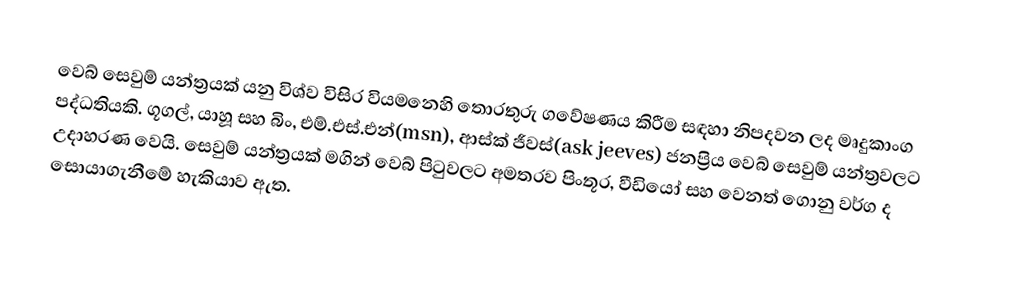
වෙබ් සෙවුම් යන්ත්‍රයක් යනු  විශ්ව විසිර වියමනෙහි තොරතුරු ගවේෂණය කිරීම සඳහා නිපදවන ලද මෘදුකාංග පද්ධතියකි. ගූගල්, යාහූ සහ බිං, එම්.එස්.එන්(msn), ආස්ක් ජීවස්(ask jeeves) ජනප්‍රිය වෙබ් සෙවුම් යන්ත්‍රවලට උදාහරණ වෙයි. සෙවුම් යන්ත්‍රයක් මගින් වෙබ් පිටුවලට අමතරව පිංතූර, වීඩියෝ සහ වෙනත් ගොනු වර්ග ද සොයාගැනීමේ හැකියාව ඇත.